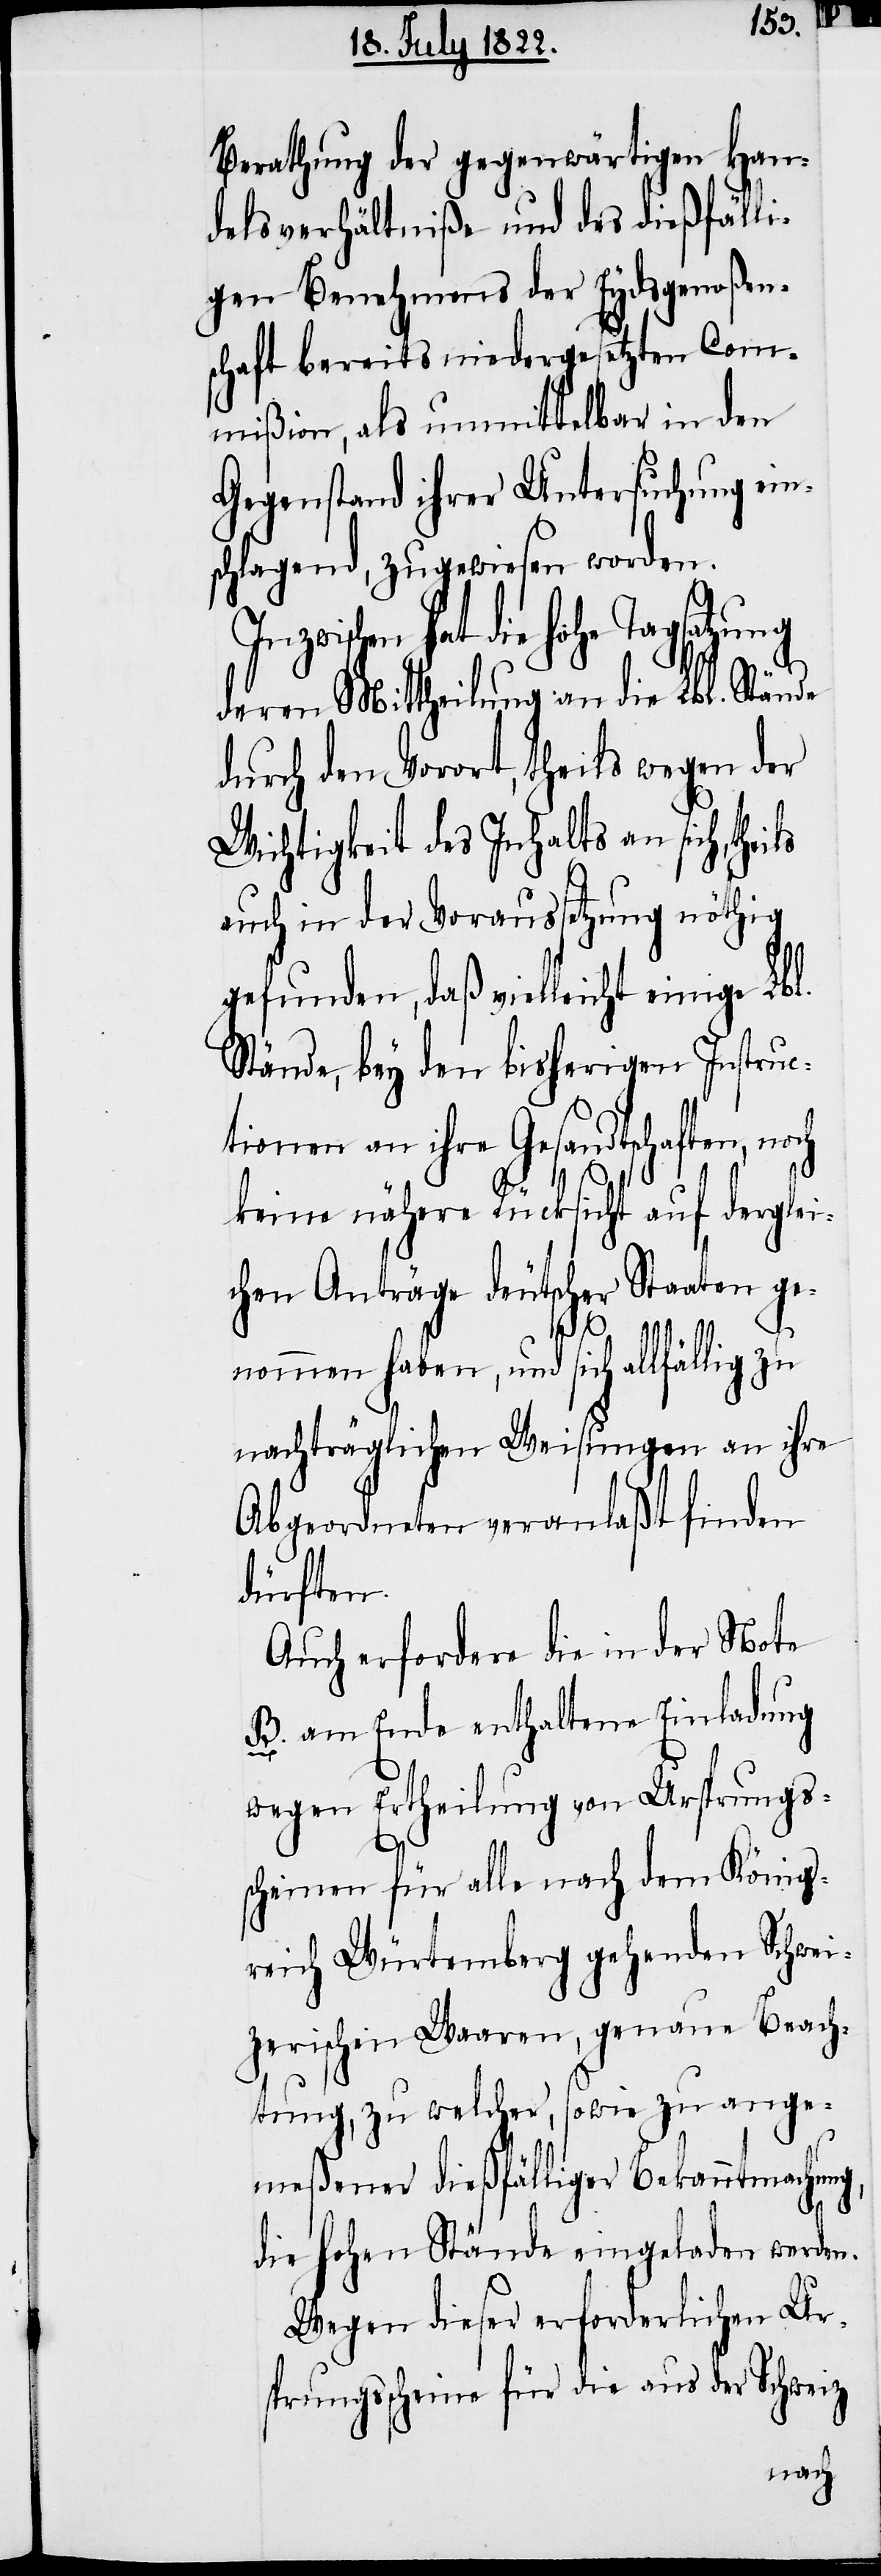
Berathung der gegenwärtigen Han¬
delsverhältniße und des dießfäll¬
igen Benehmens der Eydsgenoßen¬
schaft bereits niedergesetzten Com¬
mißion, als unmittelbar in den
Gegenstand ihrer Untersuchung ein¬
schlagend, zugewiesen worden.
ischen, hat die Hohe Tagsatzung
deren Mittheilung an die Lbl. Stände
durch den Vorort, theils wegen der
Wichtigkeit des Inhalts an sich,
auch in der Voraussetzung nöthig
gefunden, daß vielleicht einige Lb¬
Stände, bey den bisherigen Instruc¬
tionen an ihre Gesandtschaften, noch
keine Rücksicht auf derglei¬
chen Anträge deutscher Staaten ge¬
l.
nommen haben, und sich allfällig zu
nachträglichen Weisungen an ihre
Abgeordneten veranlaßt finden
dürften.
Auch erfordere die in der Note
B. am Ende enthaltene Einladung
wegen Ertheilung von Ursprungs¬
scheinen für alle nach dem König¬
reich Würtemberg gehenden Schwei¬
zerischen Waaren, genaue Beach¬
tung, zu welcher, sowie zu ange¬
meßener dießfälliger Bekanntmachu¬
die Hohen Stände eingeladen werden.
Wegen dieser erforderlichen Ur¬
sprungsscheine für die aus der Schweiz

ng,